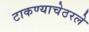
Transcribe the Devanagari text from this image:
टाकण्याचेठरले